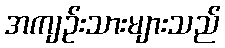
အကျဉ်းသားများသည်